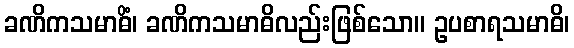
ခဏိကသမာဓိံ၊ ခဏိကသမာဓိလည်းဖြစ်သော။ ဥပစာရသမာဓိ၊